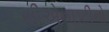
સીએનઇટીનો